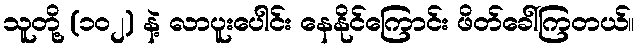
သူတို့ (၁၀၂) နဲ့ လာပူးပေါင်း နေနိုင်ကြောင်း ဖိတ်ခေါ်ကြတယ်။